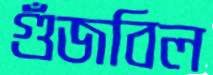
গুঁজবিল